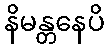
နိမန္တနေပိ